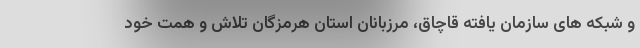
و شبکه های سازمان یافته قاچاق، مرزبانان استان هرمزگان تلاش و همت خود